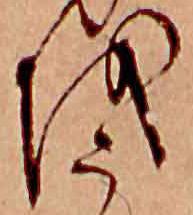
を